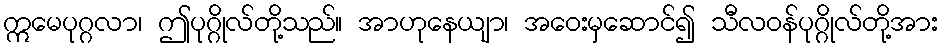
ဣမေပုဂ္ဂလာ၊ ဤပုဂ္ဂိုလ်တို့သည်။ အာဟုနေယျာ၊ အဝေးမှဆောင်၍ သီလဝန်ပုဂ္ဂိုလ်တို့အား